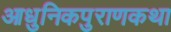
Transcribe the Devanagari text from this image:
आधुनिकपुराणकथा